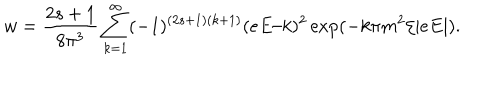
w = { \frac { 2 s + 1 } { 8 \pi ^ { 3 } } } \sum _ { k = 1 } ^ { \infty } ( - 1 ) ^ { ( 2 s + 1 ) ( k + 1 ) } ( e E / k ) ^ { 2 } \exp ( - k \pi m ^ { 2 } / | e E | ) .